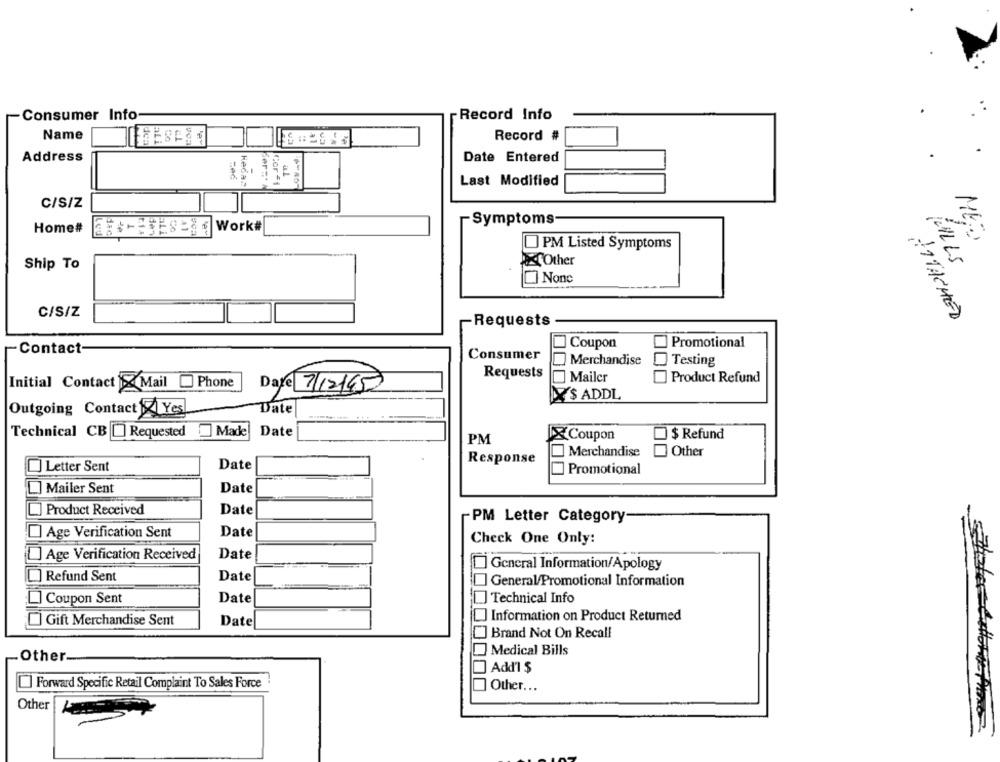
Consumer Info
Record Info
Name
Record #
Address
Date Entered
706
Hedaz
Ser=+
Cor 51
al
Last Modified
C/S/Z
-
- Symptoms
Ese Work#
Home#
MED
PM Listed Symptoms
Ship To
Other
FALLS
C/S/Z
ATTACHED
Requests
Promotional
Contact-
Coupon
Consumer
Merchandise
Testing
Requests
Mailer
] Product Refund
Initial Contact Mail Phone
Date 7/12165
$ ADDL
Outgoing Contact A Yes
Date
Technical CB[] Requested
Made
Date
PM
IXCoupon
$ Refund
Merchandise
Other
Date
Response
] Letter Sent
Promotional
] Mailer Sent
Date
Product Received
Date
-PM Letter Category
-
Date
Age Verification Sent
Check One Only:
]Age Verification Received
Date
General Information/Apology
Refund Sent
Date
General/Promotional Information
Coupon Sent
Date
Technical Info
Information on Product Returned
] Gift Merchandise Sent
Date
Brand Not On Recall
Other
Medical Bills
Add'l $
] Forward Specific Retail Complaint To Sales Force
Other ...
Other